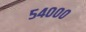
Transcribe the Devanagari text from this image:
५४०००